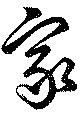
家